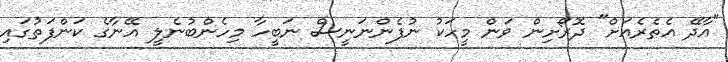
"އާދޭ އެތެރެއަށް" ދޮރޯށިން ވަން މީހަކު ނުފެންނަނީސް ނަބީހާ މިހެންބުނެލީ އޭނާގެ ކަންފަތުގައި